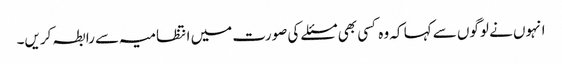
انہوں نے لوگوں سے کہا کہ وہ کسی بھی مسئلے کی صورت میں انتظامیہ سے رابطہ کریں۔